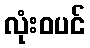
လုံးဝပင်